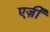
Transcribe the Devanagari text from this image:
एर्ज़ीं